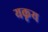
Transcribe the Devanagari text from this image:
यकृय